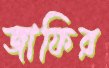
জাফির